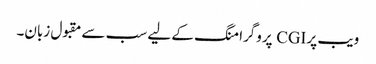
ویب پر CGI پروگرامنگ کے لیے سب سے مقبول زبان۔